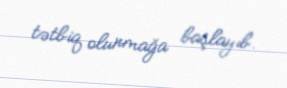
tətbiq olunmağa başlayıb.